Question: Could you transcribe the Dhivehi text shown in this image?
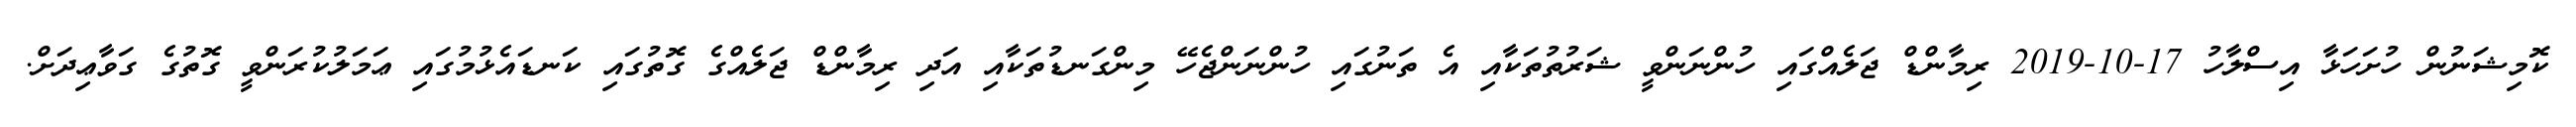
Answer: ކޮމިޝަނުން ހުށަހަޅާ އިސްލާހު 17-10-2019 ރިމާންޑް ޖަލެއްގައި ހުންނަންވީ ޝަރުތުތަކާއި އެ ތަނުގައި ހުންނަންޖެހޭ މިންގަނޑުތަކާއި އަދި ރިމާންޑް ޖަލެއްގެ ގޮތުގައި ކަނޑައެޅުމުގައި ޢަމަލުކުރަންވީ ގޮތުގެ ގަވާޢިދަށް.